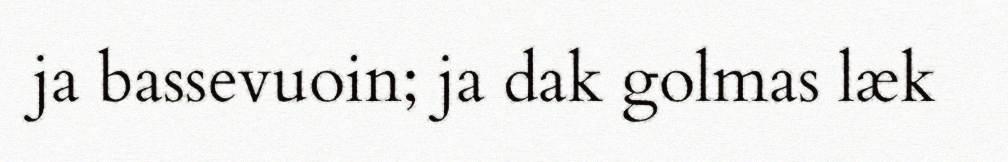
ja bassevuoin; ja dak golmas læk